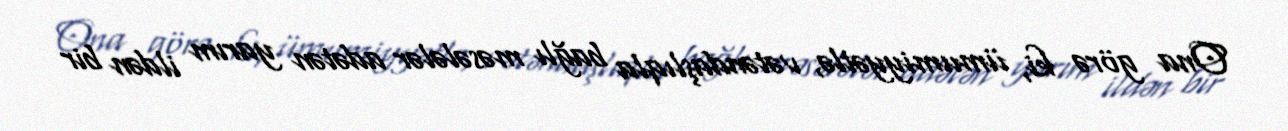
Ona görə ki, ümumiyyətlə, vətəndaşlıqla bağlı məsələlər adətən yarım ildən bir